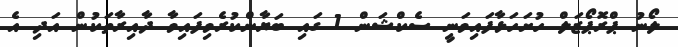
ލޯނު ޕްރޮޕޯޒަލް ހުށަހަޅާފައިވަނީ ސެކްޝަން 1 ގައި ބަޔާންކުރެވިފައިވާ ދާއިރާތަކުން އަދި އެ